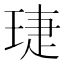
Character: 𬍫